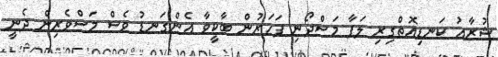
ޝުރާއު ކަނޑިއޮތްގިރި ލަފާ މަސްދޯނި ފަހަރުން ބާކީވާ އެންގަނޑު ވެސް މަސްވެރިން ދެނީ